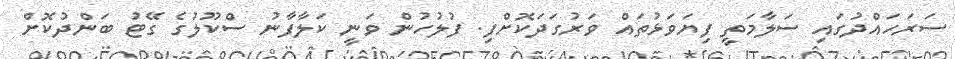
ސަރަހައްދުގައި ސަލާމަތީ ފިޔަވަޅުތައް ވަރުގަދަކޮށްފި. ފުލުހުން ވަނީ ކަލާފާނު ސްކޫލުގެ ގޭޓު ބަންދުކޮށް